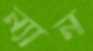
ন্যান